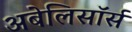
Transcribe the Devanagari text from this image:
अबेलिसॉर्स